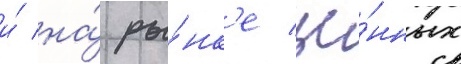
и́ на́ ры́нк'е це́нных